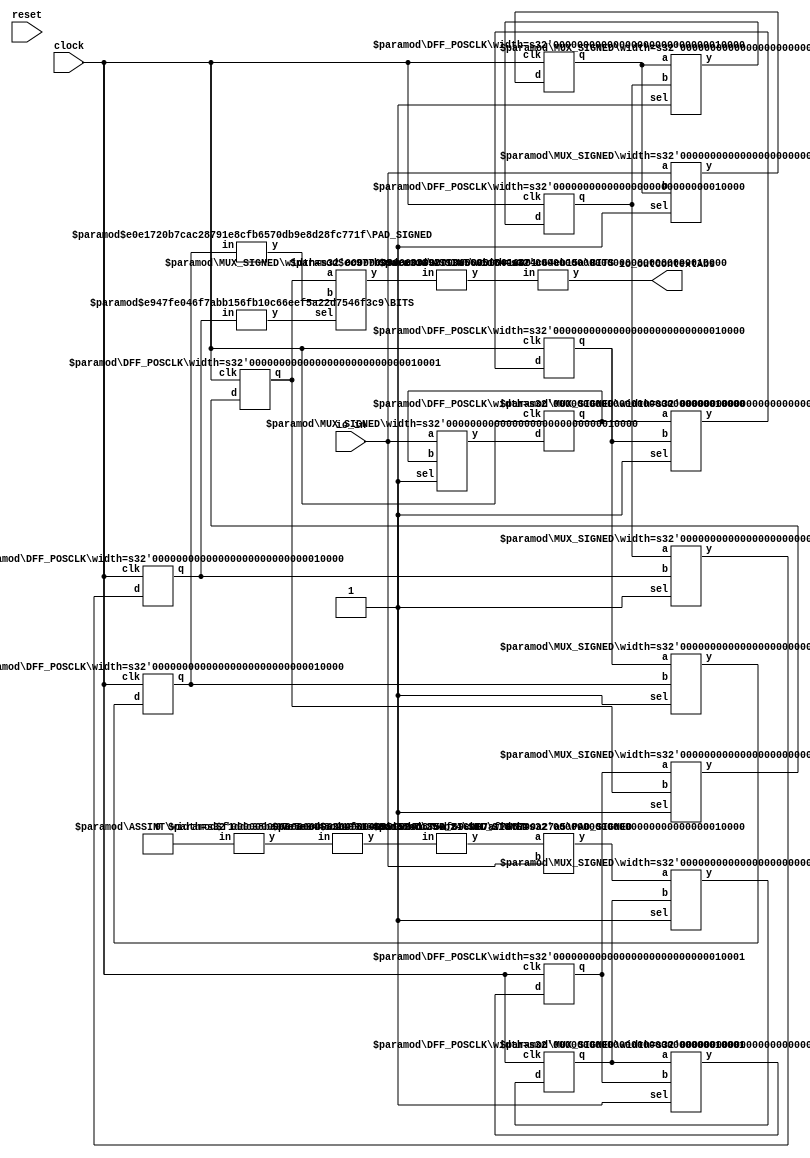
module AbsCircuitWithDelays(
    input clock,
    input reset,
    input [15:0] io_in,
    output [15:0] io_outContextAbs
);
    wire [15:0] __T_4__q;
    wire [15:0] __T_4__d;
    DFF_POSCLK #(.width(16)) _T_4 (
        .q(__T_4__q),
        .d(__T_4__d),
        .clk(clock)
    );
    wire [15:0] __T_6__q;
    wire [15:0] __T_6__d;
    DFF_POSCLK #(.width(16)) _T_6 (
        .q(__T_6__q),
        .d(__T_6__d),
        .clk(clock)
    );
    wire [15:0] __T_8__q;
    wire [15:0] __T_8__d;
    DFF_POSCLK #(.width(16)) _T_8 (
        .q(__T_8__q),
        .d(__T_8__d),
        .clk(clock)
    );
    wire _T_9;
    BITS #(.width(16), .high(15), .low(15)) bits_1 (
        .y(_T_9),
        .in(__T_8__q)
    );
    wire _node_0;
    ASSINT #(.width(1)) assint_2 (
        .y(_node_0),
        .in(1'h0)
    );
    wire [8:0] _node_1;
    SHL_SIGNED #(.width(1), .n(8)) s_shl_3 (
        .y(_node_1),
        .in(_node_0)
    );
    wire [16:0] _T_11;
    wire [15:0] _WTEMP_0;
    PAD_SIGNED #(.width(9), .n(16)) s_pad_4 (
        .y(_WTEMP_0),
        .in(_node_1)
    );
    SUB_SIGNED #(.width(16)) s_sub_5 (
        .y(_T_11),
        .a(_WTEMP_0),
        .b(io_in)
    );
    wire [16:0] __T_14__q;
    wire [16:0] __T_14__d;
    DFF_POSCLK #(.width(17)) _T_14 (
        .q(__T_14__q),
        .d(__T_14__d),
        .clk(clock)
    );
    wire [16:0] __T_16__q;
    wire [16:0] __T_16__d;
    DFF_POSCLK #(.width(17)) _T_16 (
        .q(__T_16__q),
        .d(__T_16__d),
        .clk(clock)
    );
    wire [16:0] __T_18__q;
    wire [16:0] __T_18__d;
    DFF_POSCLK #(.width(17)) _T_18 (
        .q(__T_18__q),
        .d(__T_18__d),
        .clk(clock)
    );
    wire [15:0] __T_21__q;
    wire [15:0] __T_21__d;
    DFF_POSCLK #(.width(16)) _T_21 (
        .q(__T_21__q),
        .d(__T_21__d),
        .clk(clock)
    );
    wire [15:0] __T_23__q;
    wire [15:0] __T_23__d;
    DFF_POSCLK #(.width(16)) _T_23 (
        .q(__T_23__q),
        .d(__T_23__d),
        .clk(clock)
    );
    wire [15:0] __T_25__q;
    wire [15:0] __T_25__d;
    DFF_POSCLK #(.width(16)) _T_25 (
        .q(__T_25__q),
        .d(__T_25__d),
        .clk(clock)
    );
    wire [16:0] _T_27;
    wire [16:0] _WTEMP_1;
    PAD_SIGNED #(.width(16), .n(17)) s_pad_6 (
        .y(_WTEMP_1),
        .in(__T_25__q)
    );
    MUX_SIGNED #(.width(17)) s_mux_7 (
        .y(_T_27),
        .sel(_T_9),
        .a(__T_18__q),
        .b(_WTEMP_1)
    );
    wire [15:0] _T_28;
    ASUINT #(.width(16)) asuint_8 (
        .y(_T_28),
        .in(io_in)
    );
    wire [16:0] _T_29;
    ASUINT #(.width(17)) asuint_9 (
        .y(_T_29),
        .in(_T_27)
    );
    wire _T_30;
    BITS #(.width(1), .high(0), .low(0)) bits_10 (
        .y(_T_30),
        .in(reset)
    );
    wire _T_32;
    EQ_UNSIGNED #(.width(1)) u_eq_11 (
        .y(_T_32),
        .a(_T_30),
        .b(1'h0)
    );
    MUX_SIGNED #(.width(17)) s_mux_12 (
        .y(__T_14__d),
        .sel(1'h1),
        .a(_T_11),
        .b(__T_14__q)
    );
    MUX_SIGNED #(.width(17)) s_mux_13 (
        .y(__T_16__d),
        .sel(1'h1),
        .a(__T_14__q),
        .b(__T_16__q)
    );
    MUX_SIGNED #(.width(17)) s_mux_14 (
        .y(__T_18__d),
        .sel(1'h1),
        .a(__T_16__q),
        .b(__T_18__q)
    );
    MUX_SIGNED #(.width(16)) s_mux_15 (
        .y(__T_21__d),
        .sel(1'h1),
        .a(io_in),
        .b(__T_21__q)
    );
    MUX_SIGNED #(.width(16)) s_mux_16 (
        .y(__T_23__d),
        .sel(1'h1),
        .a(__T_21__q),
        .b(__T_23__q)
    );
    MUX_SIGNED #(.width(16)) s_mux_17 (
        .y(__T_25__d),
        .sel(1'h1),
        .a(__T_23__q),
        .b(__T_25__q)
    );
    MUX_SIGNED #(.width(16)) s_mux_18 (
        .y(__T_4__d),
        .sel(1'h1),
        .a(io_in),
        .b(__T_4__q)
    );
    MUX_SIGNED #(.width(16)) s_mux_19 (
        .y(__T_6__d),
        .sel(1'h1),
        .a(__T_4__q),
        .b(__T_6__q)
    );
    MUX_SIGNED #(.width(16)) s_mux_20 (
        .y(__T_8__d),
        .sel(1'h1),
        .a(__T_6__q),
        .b(__T_8__q)
    );
    wire [15:0] _WTEMP_2;
    BITS #(.width(17), .high(15), .low(0)) bits_21 (
        .y(_WTEMP_2),
        .in(_T_27)
    );
    ASSINT #(.width(16)) assint_22 (
        .y(io_outContextAbs),
        .in(_WTEMP_2)
    );
endmodule //AbsCircuitWithDelays
module DFF_POSCLK(q, d, clk);
    parameter width = 4;
    output reg [width-1:0] q;
    input [width-1:0] d;
    input clk;
    always @(posedge clk) begin
        q <= d;
    end
endmodule // DFF_POSCLK
module BITS(y, in);
    parameter width = 4;
    parameter high = 2;
    parameter low = 0;
    output [high-low:0] y;
    input [width-1:0] in;
    assign y = in[high:low];
endmodule // BITS
module ASSINT(y, in);
    parameter width = 4;
    output [width-1:0] y;
    input [width-1:0] in;
    assign y = $signed(in);
endmodule // ASSINT
module SHL_SIGNED(y, in);
    parameter width = 4;
    parameter n = 4;
    output [width+n-1:0] y;
    input [width-1:0] in;
    wire [width+n-1:0] temp;
    assign temp = {{n{in[width-1]}}, in};
    assign y = $signed(temp) << n;
endmodule // SHL_SIGNED
module PAD_SIGNED(y, in);
    parameter width = 4;
    parameter n = 4;
    output [(n > width ? n : width)-1:0] y;
    input [width-1:0] in;
    assign y = n > width ? {{(n - width){in[width-1]}}, in} : in;
endmodule // PAD_SIGNED
module SUB_SIGNED(y, a, b);
    parameter width = 4;
    output [width:0] y;
    input [width-1:0] a;
    input [width-1:0] b;
    assign y = $signed(a) - $signed(b);
endmodule // SUB_SIGNED
module MUX_SIGNED(y, sel, a, b);
    parameter width = 4;
    output [width-1:0] y;
    input sel;
    input [width-1:0] a;
    input [width-1:0] b;
    assign y = sel ? $signed(a) : $signed(b);
endmodule // MUX_SIGNED
module ASUINT(y, in);
    parameter width = 4;
    output [width-1:0] y;
    input [width-1:0] in;
    assign y = $unsigned(in);
endmodule // ASUINT
module EQ_UNSIGNED(y, a, b);
    parameter width = 4;
    output y;
    input [width-1:0] a;
    input [width-1:0] b;
    assign y = a == b;
endmodule // EQ_UNSIGNED